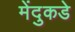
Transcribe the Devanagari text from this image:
मेंदुकडे